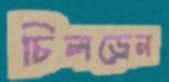
চিলড্রেন